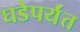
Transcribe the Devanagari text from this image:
घडेपर्यंत